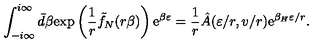
\int _ { - i \infty } ^ { i \infty } \bar { d } \beta \mathrm { e x p } \left( { \frac { 1 } { r } } \tilde { f } _ { N } ( r \beta ) \right) \mathrm { e } ^ { \beta \varepsilon } = { \frac { 1 } { r } } \hat { A } ( \varepsilon / r , v / r ) \mathrm { e } ^ { { \beta _ { H } \varepsilon } / r } .